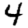
Digit: 4